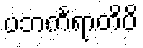
ပဘင်္ကရာတိပိ